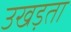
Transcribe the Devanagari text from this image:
उखड़ता